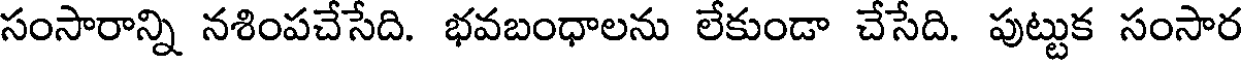
సంసారాన్ని నశింపచేసేది. భవబంధాలను లేకుండా చేసేది. పుట్టుక సంసార